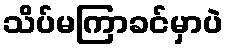
သိပ်မကြာခင်မှာပဲ